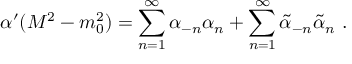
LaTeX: \alpha ^ { \prime } ( M ^ { 2 } - m _ { 0 } ^ { 2 } ) = \sum _ { n = 1 } ^ { \infty } \alpha _ { - n } \alpha _ { n } + \sum _ { n = 1 } ^ { \infty } \widetilde { \alpha } _ { - n } \widetilde { \alpha } _ { n } \ .